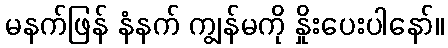
မနက်ဖြန် နံနက် ကျွန်မကို နှိုးပေးပါနော်။